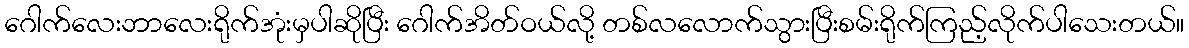
ဂေါက်လေးဘာလေးရိုက်အုံးမှပါဆိုပြီး ဂေါက်အိတ်ဝယ်လို့ တစ်လလောက်သွားပြီးစမ်းရိုက်ကြည့်လိုက်ပါသေးတယ်။